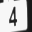
Digit: 4